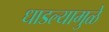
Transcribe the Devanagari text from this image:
धाडल्यामुळे